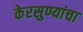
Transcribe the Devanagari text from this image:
केरसुण्यांचा